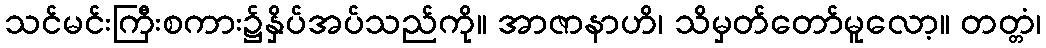
သင်မင်းကြီးစကား၌နှိပ်အပ်သည်ကို။ အာဇာနာဟိ၊ သိမှတ်တော်မူလော့။ တတ္တံ၊